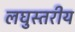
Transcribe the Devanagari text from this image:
लघुस्तरीय